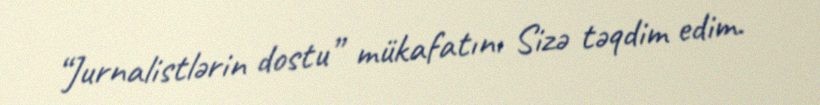
“Jurnalistlərin dostu” mükafatını Sizə təqdim edim.